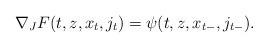
LaTeX: \begin{align*} \nabla_{J} F(t,z,x_t, j_t) = \psi(t,z,x_{t-}, j_{t-}). \end{align*}